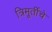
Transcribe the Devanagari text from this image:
त्रिमूर्तीचे